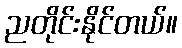
ညတိုင်းနိုင်တယ်။